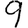
Digit: 9